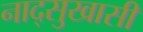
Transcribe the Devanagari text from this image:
नाद्सुखासी